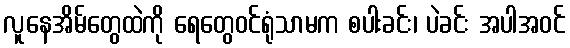
လူနေအိမ်တွေထဲကို ရေတွေဝင်ရုံသာမက စပါးခင်း၊ ပဲခင်း အပါအဝင်